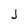
Character: J